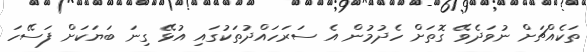
ތަކެއްޗަށް ނުވަދެވޭ ގޮތަށް ހެދުމުން އެ ސަރަހައްދުތަކުގައި އުޅޭ ގިނަ ބަޔަކަށް ފަސޭހަ